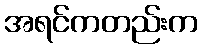
အရင်ကတည်းက